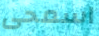
اسمحى